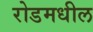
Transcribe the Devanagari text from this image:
रोडमधील